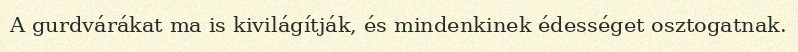
A gurdvárákat ma is kivilágítják, és mindenkinek édességet osztogatnak.